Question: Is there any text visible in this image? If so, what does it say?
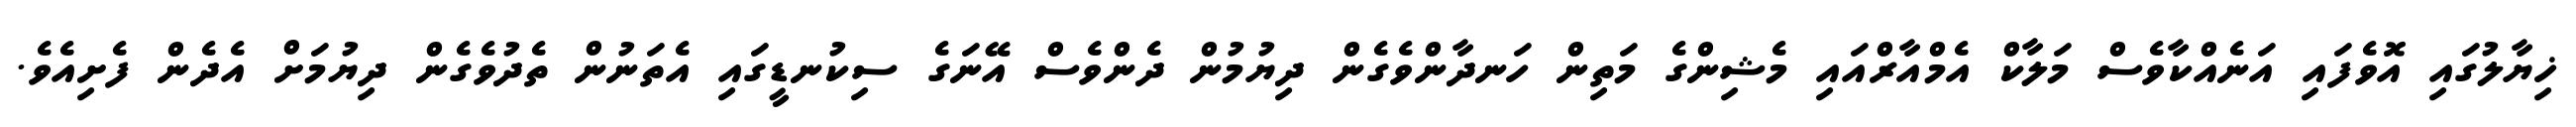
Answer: ޚިޔާލުގައި އޮވެފައި އަނެއްކާވެސް މަލާކް އެމްއާރްއައި މެޝިންގެ މަތިން ހަނދާންވެގެން ދިޔުމުން ދެންވެސް އޭނަގެ ސިކުނޑީގައި އެތަނުން ތެދުވެގެން ދިޔުމަށް އެދެން ފެށިއެވެ.